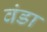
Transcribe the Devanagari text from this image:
वंडा